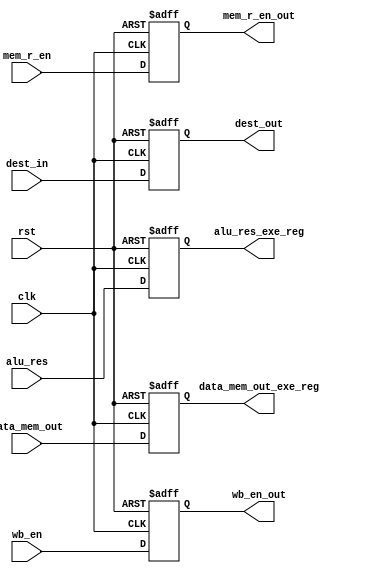

module Data_Memory_Reg(clk, rst, mem_r_en, wb_en, alu_res, data_mem_out, dest_in, mem_r_en_out, wb_en_out, dest_out, alu_res_exe_reg, data_mem_out_exe_reg);
	input clk, rst, mem_r_en, wb_en;
	input [31:0] alu_res, data_mem_out;
	input [3:0] dest_in;
	output reg mem_r_en_out, wb_en_out;
	output reg [3:0] dest_out;
	output reg [31:0] alu_res_exe_reg, data_mem_out_exe_reg;
	
	always@(posedge clk, posedge rst)begin
		if(rst)begin
			mem_r_en_out <= 1'b0;
			wb_en_out <= 1'b0;
			dest_out <= 4'b0000;
			alu_res_exe_reg <= 32'b00000000000000000000000000000000;
			data_mem_out_exe_reg <= 32'b00000000000000000000000000000000;
		end
		else begin
			dest_out <= dest_in;
			wb_en_out <= wb_en;
      			alu_res_exe_reg <= alu_res;
			mem_r_en_out <= mem_r_en;
      			data_mem_out_exe_reg <= data_mem_out;
		end
	end
endmodule